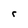
Character: r